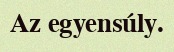
Az egyensúly.